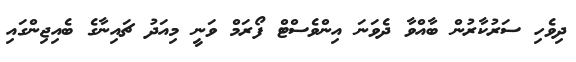
ދިވެހި ސަރުކާރުން ބާއްވާ ދެވަނަ އިންވެސްޓް ފޯރަމް ވަނީ މިއަދު ޗައިނާގެ ބެއިޖިންގައި